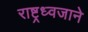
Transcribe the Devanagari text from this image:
राष्ट्रध्वजाने